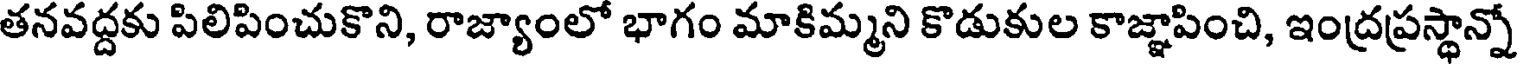
తనవద్దకు పిలిపించుకొని, రాజ్యాంలో భాగం మాకిమ్మని కొడుకుల కాజ్ఞాపించి, ఇంద్రప్రస్థాన్నో